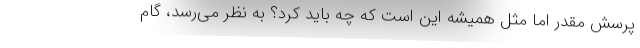
پرسش مقدر اما مثل همیشه این است که چه باید کرد؟ به نظر می‌رسد، گام